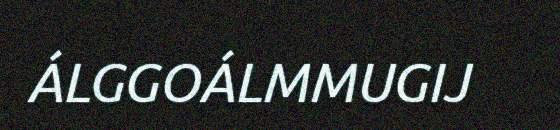
ÁLGGOÁLMMUGIJ